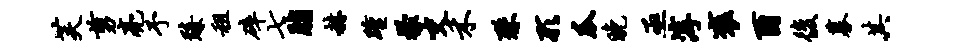
芙剪亮予臻租碎七脂赫踵檬交禾殊形瓜晚亟淳褒酉后募其